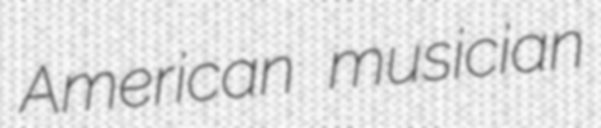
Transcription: American musician